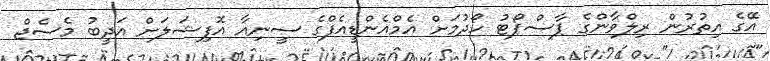
އޭގެ އިތުރުން ރިލްވާންގެ ޕާސްޕޯޓު ހޯދުމަށް އެމްއެންޑީއެފްގެ ސީނިއާ އޮފިޝަލަށް އަދީބު މެސެޖް